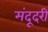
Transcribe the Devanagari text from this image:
मंदूदरी